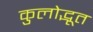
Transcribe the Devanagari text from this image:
कुलोद्भूत